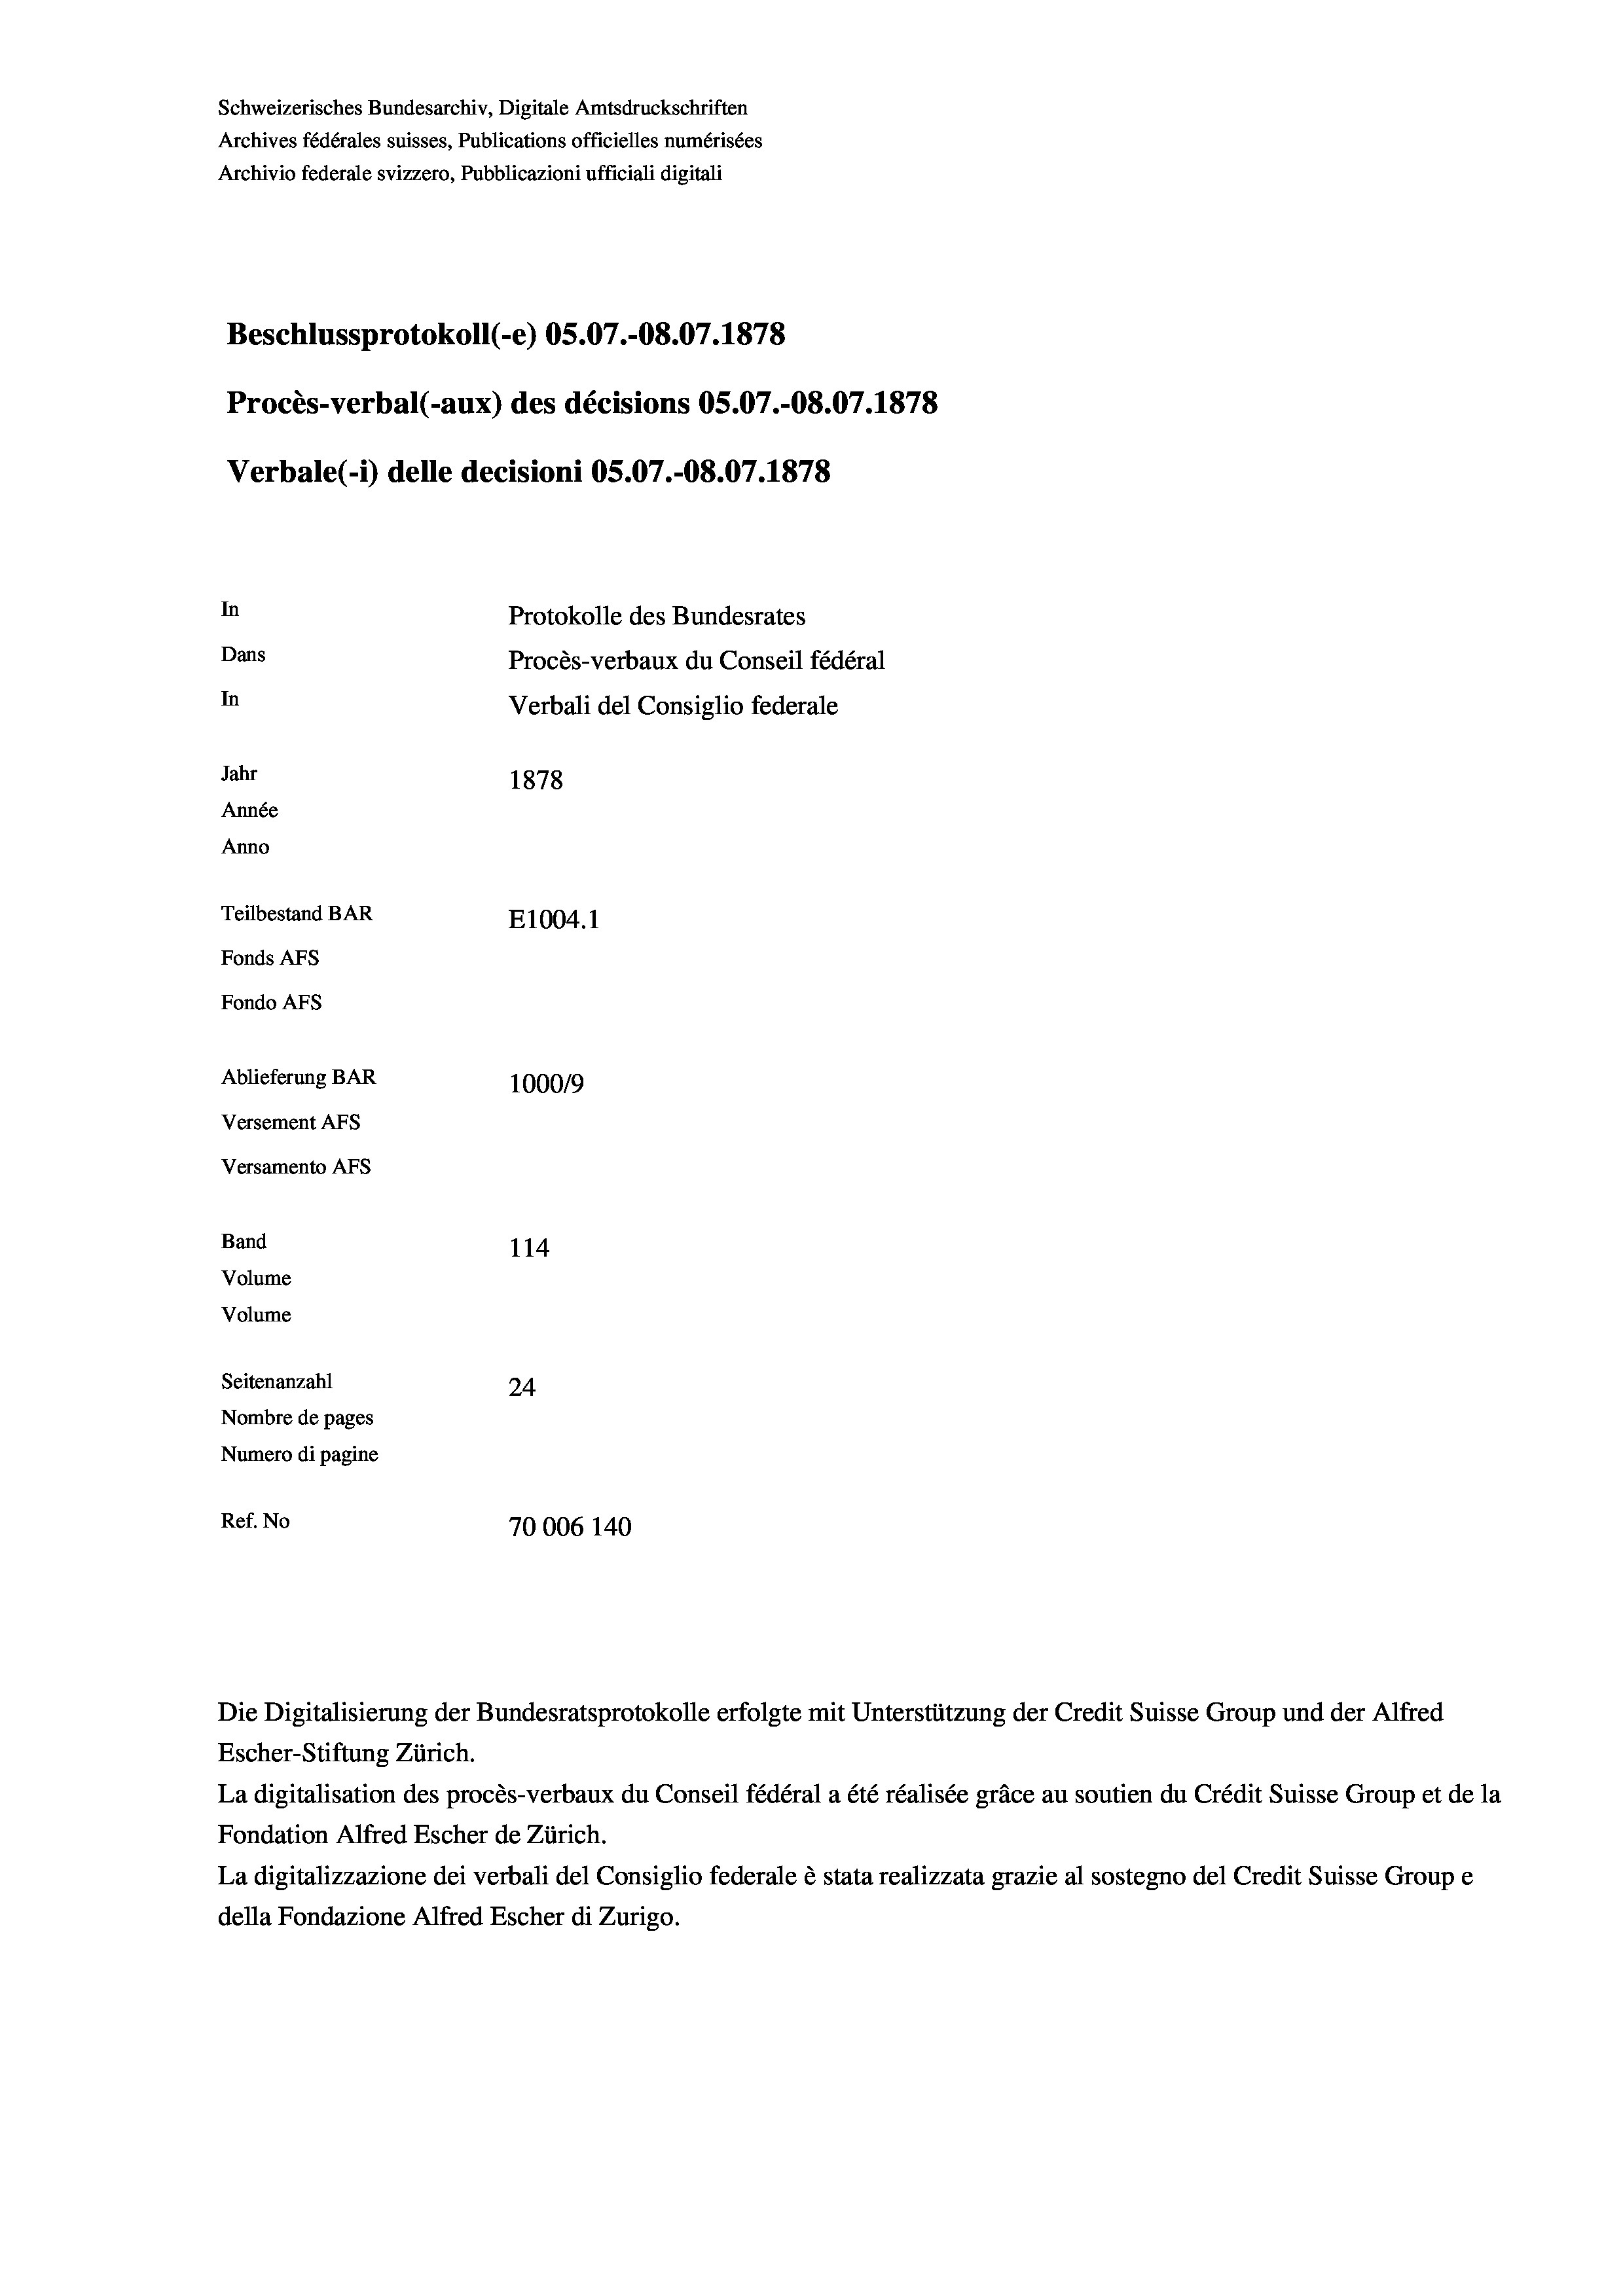
Schweizerisches Bundesarchiv, Digitale Amtsdruckschriften
Archives fédérales suisses, Publications officielles numérisées
Archivio federale svizzero, Pubblicazioni ufficiali digitali
Beschlussprotokoll (e) OS.07.-08.07. 1878
Procès-verbal (-aux) des décisions OS.07.-O8.07.1878
Verbale (- 1) delle decisioni OS.07.-O8.07. 1878
In
Protokolle des Bundesrates
Dans
Procès-verbaux du Conseil fédéral
In
Verbali del Consiglio federale
Jahr
1878
Année
Anno
Teilbestand BAR
E1004. 1
Fonds AFs
Fondo Afs
Ablieferung BAR
100019
Versement AFs
Versamento AFs
Band
114
Volume
Volume
Seitenanzahl
24
Nombre de pages
Numero di pagine
Ref. No
70006 140

Escher-Stiftung Zürich.
La digitalisation des procès-verbaux du Conseil fédéral a été réalisée gräce au soutien du Crédit Suisse Group et de la
Fondation Alfred Escher de Zürich.
La digitalizzazione dei verbali del Consiglio federale è stata realizzata grazie al sostegno del Credit Suisse Groupe
della Fondazione Alfred Escher di Zurigo.

Die Digitalisierung der Bundesratsprotokolle erfolgte mit Unterstützung der Credit Suisse Group und der Alfred